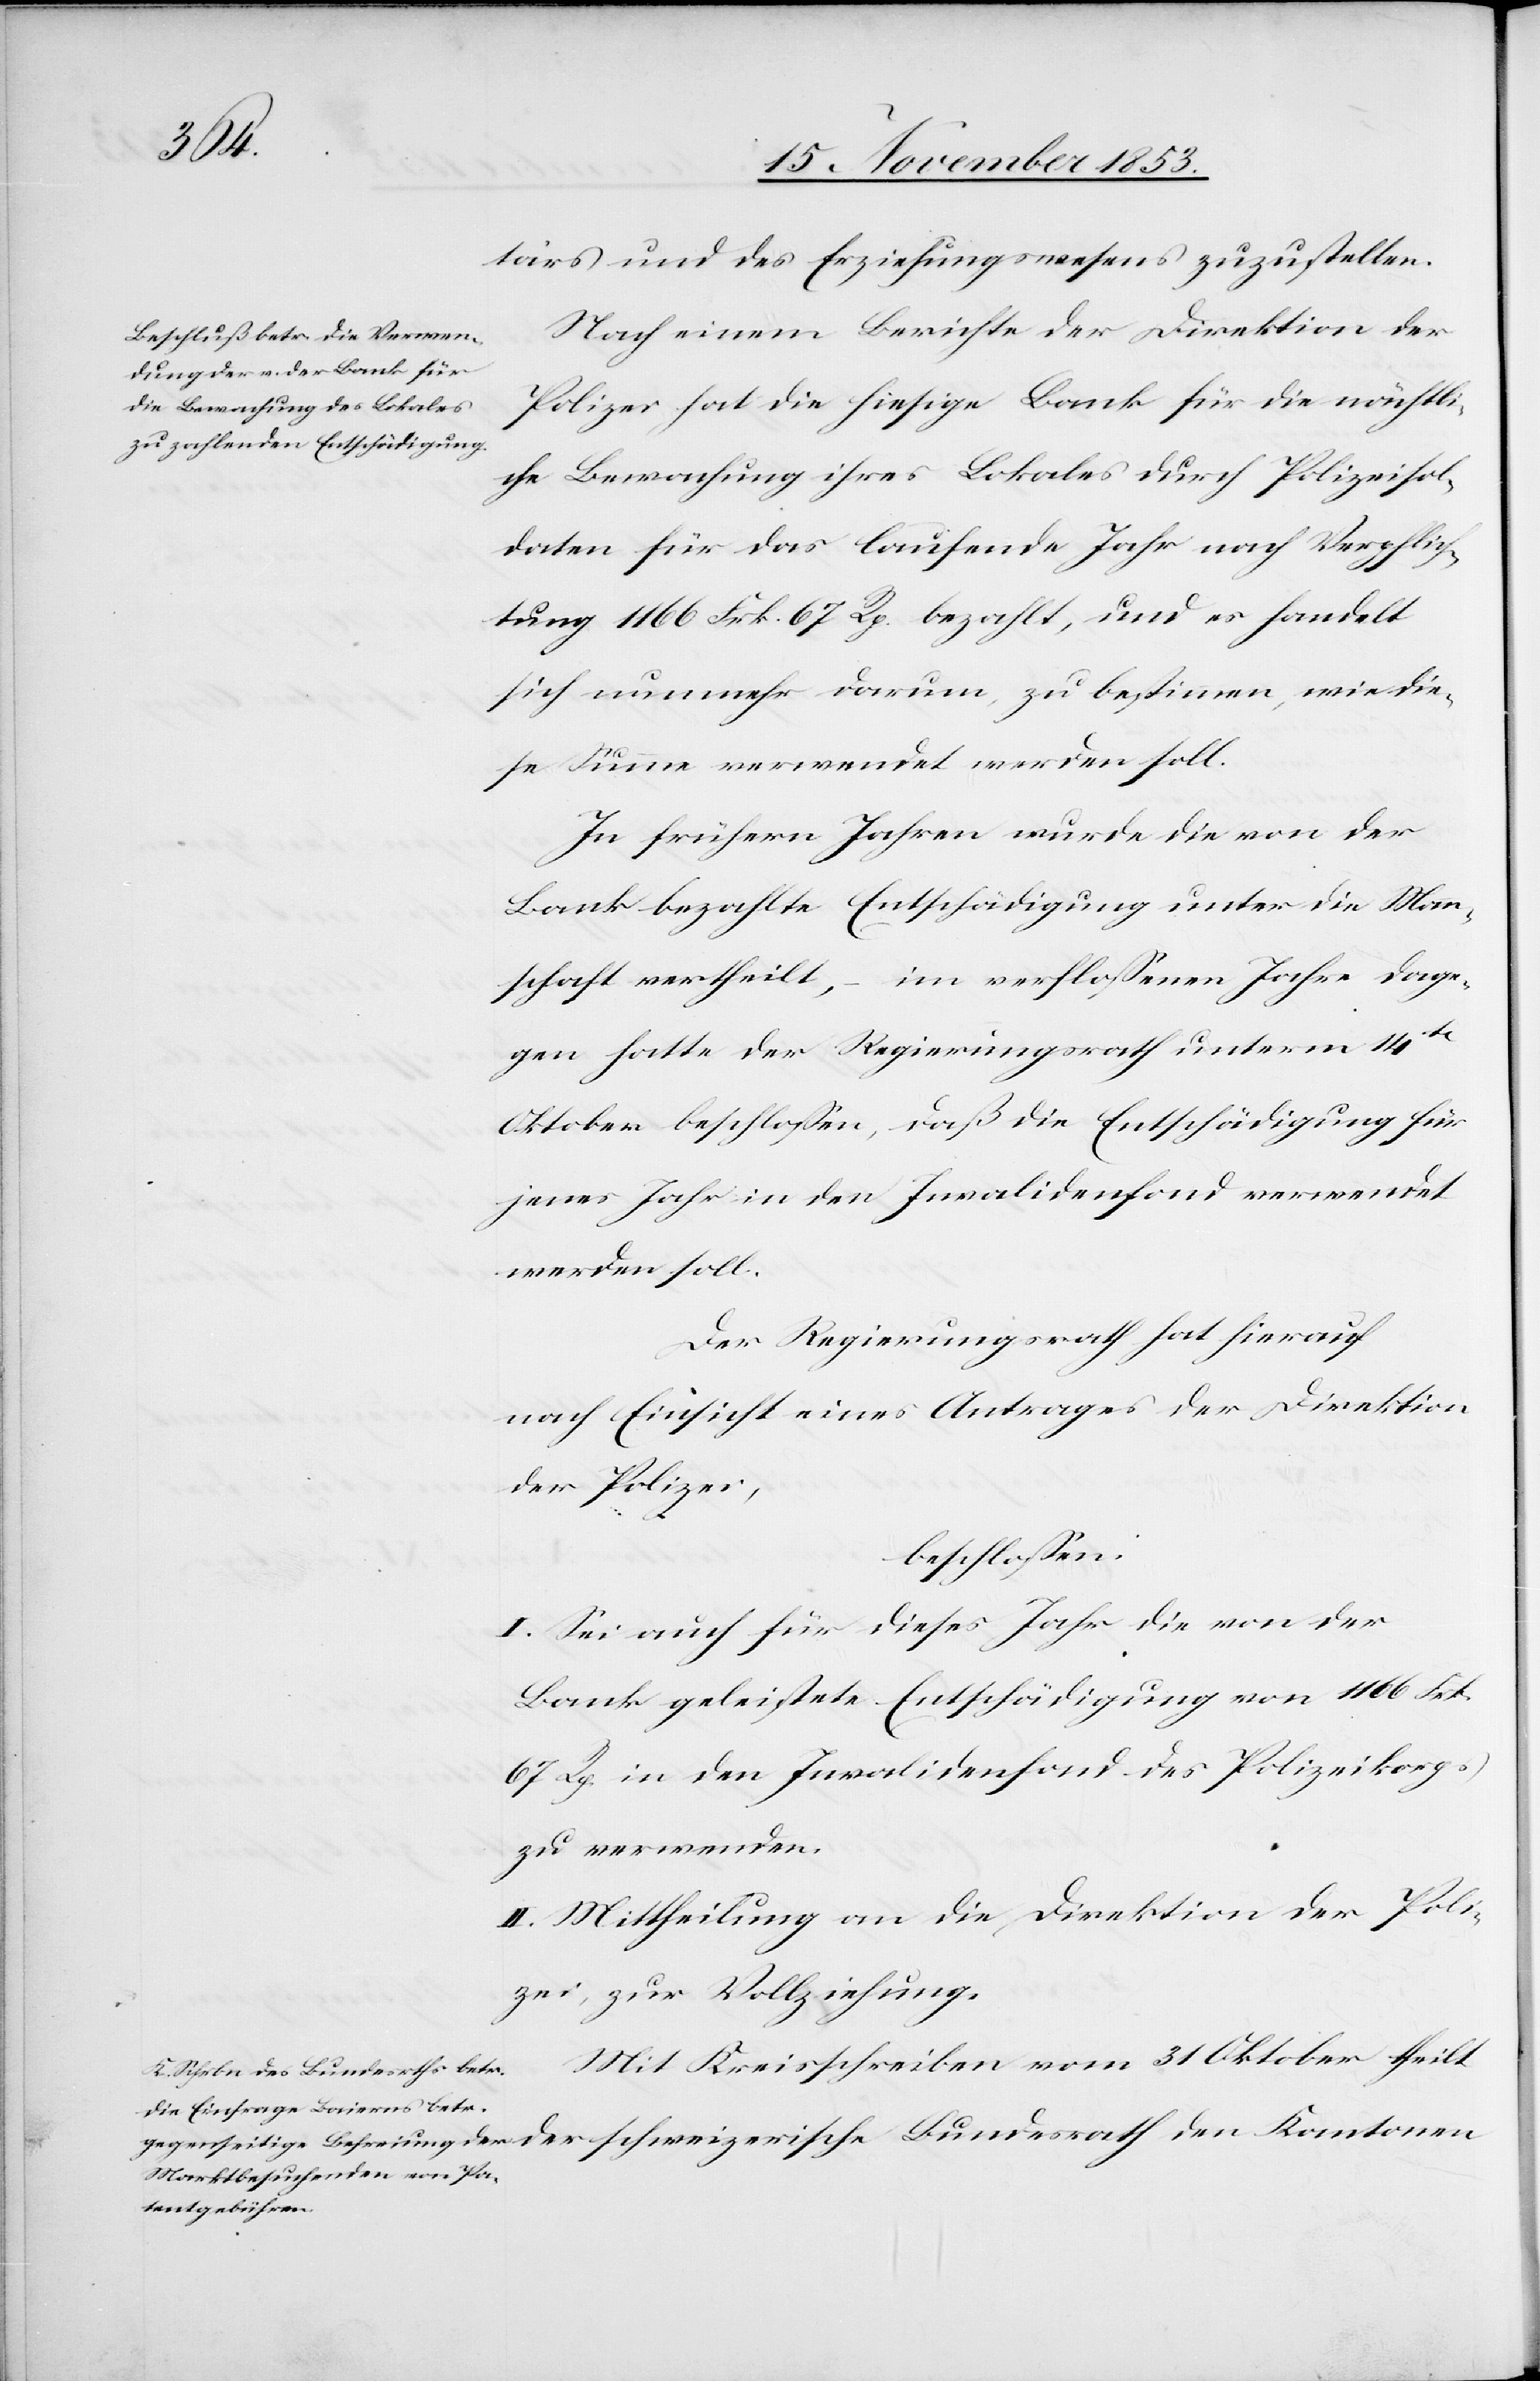
tärs und des Erziehungswesens zuzustellen.
Nach einem Berichte der Direktion der
Polizei hat die hiesige Bank für die nächtli¬
che Bewachung ihres Lokales durch Polizeisol¬
daten für das laufende Jahr nach Verpflich¬
tung 1166 Frk. 67 Rp. bezahlt, und es handelt
sich nunmehr darum, zu bestimmen, wie die¬
se Summe verwendet werden soll.
In frühern Jahren wurde die von der
Bank bezahlte Entschädigung unter die Man¬
nschaft vertheilt, – im verfloßenen Jahre dage¬
gen hatte der Regierungsrath unterm 14ten
Oktober beschloßen, daß die Entschädigung für
jenes Jahr in den Invalidenfonds verwendet
werden soll.
Der Regierungsrath hat hierauf
nach Einsicht eines Antrages der Direktion
der Polizei,
beschloßen:
I. Sei auch für dieses Jahr die von der
Bank geleistete Entschädigung von 1166 Frk.
67 Rp. in den Invalidenfond des Polizeikorps
zu verwenden.
II. Mittheilung an die Direktion der Poli¬
zei, zur Vollziehung.
Mit Kreisschreiben vom 31 Oktober theilt